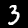
Label: 3